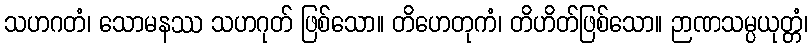
သဟဂတံ၊ သောမနဿ သဟဂုတ် ဖြစ်သော။ တိဟေတုကံ၊ တိဟိတ်ဖြစ်သော။ ဉာဏသမ္ပယုတ္တံ၊